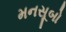
મનસૂબો